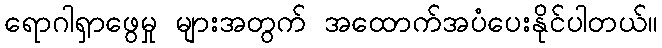
ရောဂါရှာဖွေမှု များအတွက် အထောက်အပံပေးနိုင်ပါတယ်။